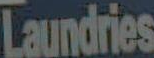
Laundries